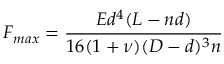
F _ { m a x } = { \frac { E d ^ { 4 } ( L - n d ) } { 1 6 ( 1 + \nu ) ( D - d ) ^ { 3 } n } }